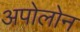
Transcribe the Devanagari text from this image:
अपोलोन